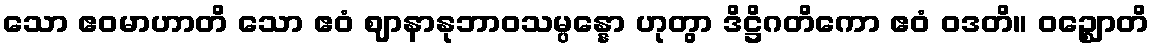
သော ဧဝမာဟာတိ သော ဧဝံ ဈာနာနုဘာဝသမ္ပန္နော ဟုတွာ ဒိဋ္ဌိဂတိကော ဧဝံ ဝဒတိ။ ဝဉ္ဈောတိ